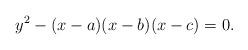
LaTeX: \begin{align*} y^2-(x-a)(x-b)(x-c)=0.\end{align*}